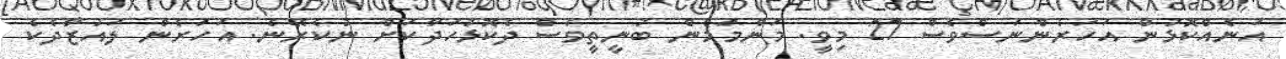
އަނެއްކޮޅުން އަހަރެންނަސްވެސް 27 މިވީ. މަންމަމެން ބުނީތީވެސް ދެކޮޅުހަދާކަށް ނުކެރޭނެ. އަހަރެން ލައުޒާދެކެ